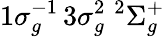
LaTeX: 1\sigma_{g}^{-1}\, 3\sigma_{g}^{2}\; {^2}\Sigma_{g}^{+}